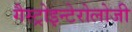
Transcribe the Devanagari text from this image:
गैस्ट्रोइन्टेरोलोजी